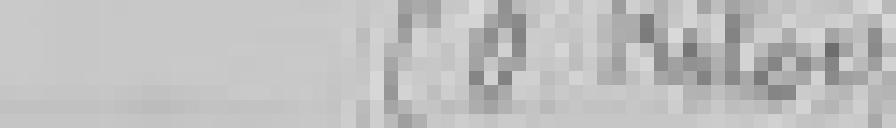
sortie : 50 kilos